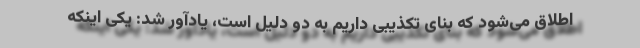
اطلاق می‌شود که بنای تکذیبی داریم به دو دلیل است، یادآور شد: یکی اینکه